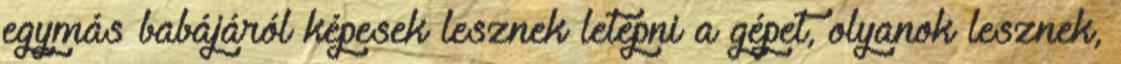
egymás babájáról képesek lesznek letépni a gépet, olyanok lesznek,